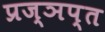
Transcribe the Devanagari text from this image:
प्रज्ञप्त